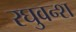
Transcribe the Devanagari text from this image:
रघुवन्श